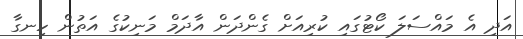
އަދި އެ މައްސަލަ ކޯޓުގައި ކުރިއަށް ގެންދަން އާދަމް މަނިކުގެ އަތުން ހިނގާ